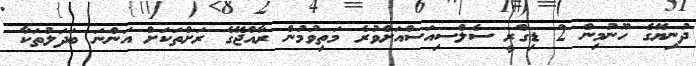
ދުނިޔޭގެ ހޫނުމިން 2 ޑިގްރީ ސެލްސިއަސްއަށްވުރެ މަތިވުމުން ރާއްޖޭގެ ރަށްތަކަށް އަންނަ ބަދަލުތަކާ